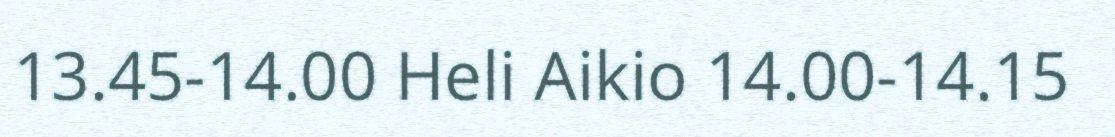
13.45-14.00 Heli Aikio 14.00-14.15